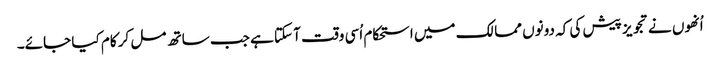
اُنھوں نے تجویز پیش کی کہ دونوں ممالک میں استحکام اُسی وقت آ سکتا ہے جب ساتھ مل کر کام کیا جائے۔